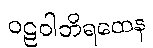
ဝဠဝါဘိရထေန